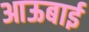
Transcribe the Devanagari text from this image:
आऊबाई